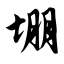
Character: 堋